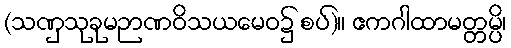
(သဏှသုခုမဉာဏဝိသယမေဝ၌ စပ်)။ ဧကဂါထာမတ္တမ္ပိ၊